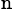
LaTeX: _\mathrm{n}